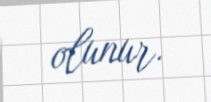
olunur.